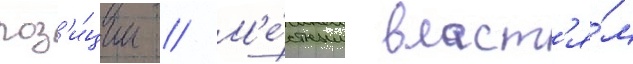
поз'и́ции // М'е́стным власт'я́м